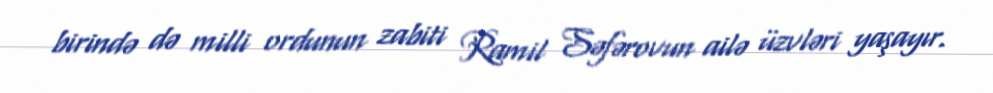
birində də milli ordunun zabiti Ramil Səfərovun ailə üzvləri yaşayır.